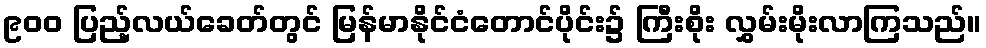
၉၀၀ ပြည့်လယ်ခေတ်တွင် မြန်မာနိုင်ငံတောင်ပိုင်း၌ ကြီးစိုး လွှမ်းမိုးလာကြသည်။